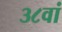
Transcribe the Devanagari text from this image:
३८वां